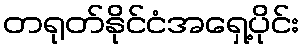
တရုတ်နိုင်ငံအရှေ့ပိုင်း